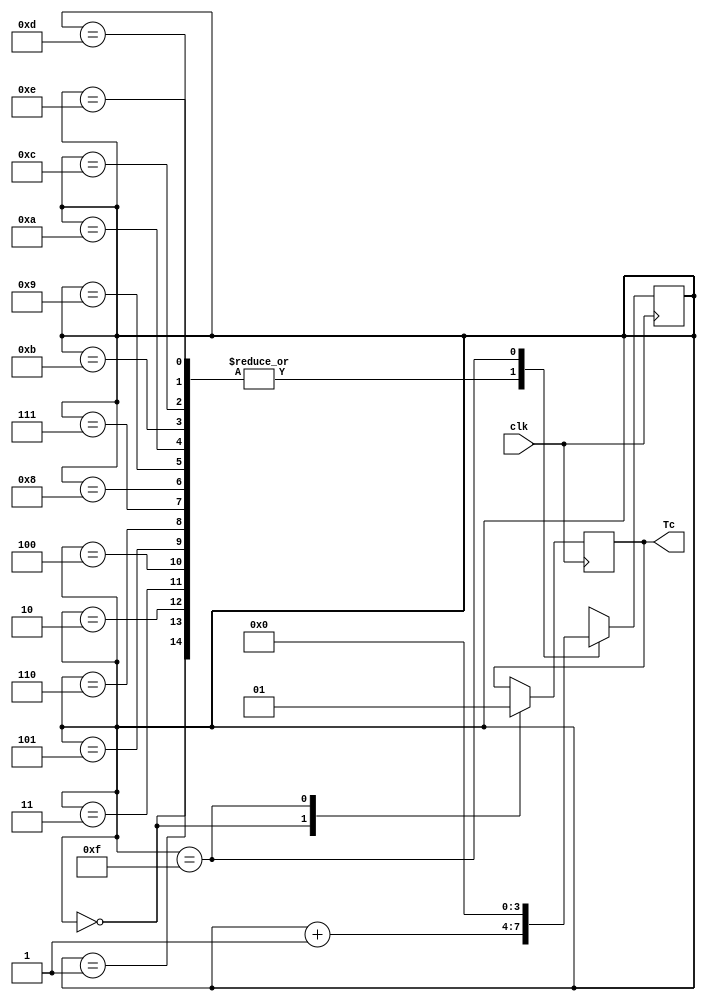
module Fourbitcounter(
	input clk,
	output Tc
);


	reg [3:0]counter;
	reg counter_finished;

	always@(posedge(clk))
		begin
			case (counter)
				4'b0000:
					begin
						counter_finished <= 0;
						counter = counter + 1'b1;
					end
				4'b0001: counter = counter + 1'b1;
				4'b0010: counter = counter + 1'b1;
				4'b0011: counter = counter + 1'b1;
				4'b0100: counter = counter + 1'b1;
				4'b0101: counter = counter + 1'b1;
				4'b0110: counter = counter + 1'b1;
				4'b0111: counter = counter + 1'b1;
				4'b1000: counter = counter + 1'b1;
				4'b1001: counter = counter + 1'b1;
				4'b1010: counter = counter + 1'b1;
				4'b1011: counter = counter + 1'b1;
				4'b1100: counter = counter + 1'b1;
				4'b1101: counter = counter + 1'b1;
				4'b1110: counter = counter + 1'b1;
				4'b1111: 
					begin
						counter = 4'b0000;
						counter_finished <= 1;
					end
			endcase
		end

	assign Tc = counter_finished;
	
	
endmodule